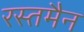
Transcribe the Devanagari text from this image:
रस्तमैन